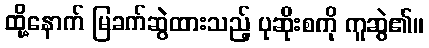
ထို့နောက် မြခက်ဆွဲထားသည့် ပုဆိုးစကို ကူဆွဲ၏။